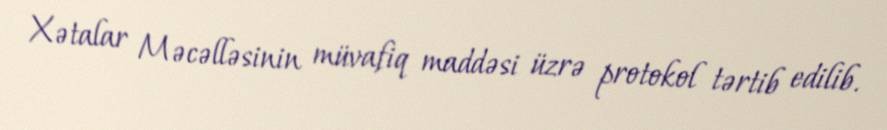
Xətalar Məcəlləsinin müvafiq maddəsi üzrə protokol tərtib edilib.